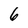
Character: 6